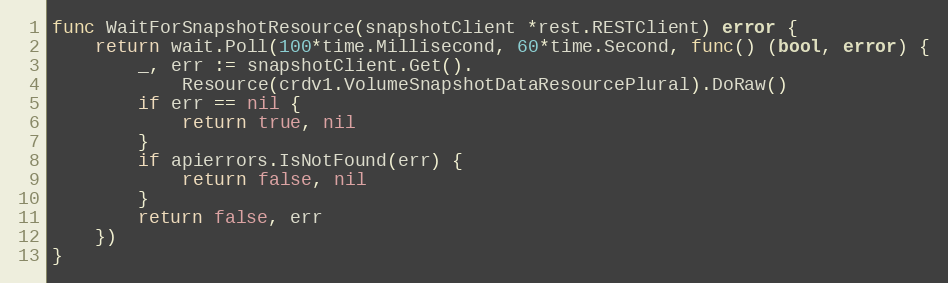
Language: Go
func WaitForSnapshotResource(snapshotClient *rest.RESTClient) error {
	return wait.Poll(100*time.Millisecond, 60*time.Second, func() (bool, error) {
		_, err := snapshotClient.Get().
			Resource(crdv1.VolumeSnapshotDataResourcePlural).DoRaw()
		if err == nil {
			return true, nil
		}
		if apierrors.IsNotFound(err) {
			return false, nil
		}
		return false, err
	})
}